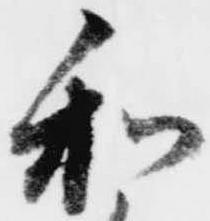
和